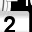
Digit: 2